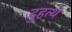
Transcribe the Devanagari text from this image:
दुहत्थे